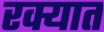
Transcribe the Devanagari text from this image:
रक्यात